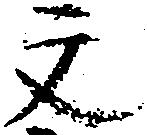
文